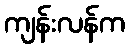
ကျန်းလန်က